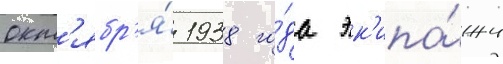
окт'ябр'я́ 1938 го́да эк'ипа́жи